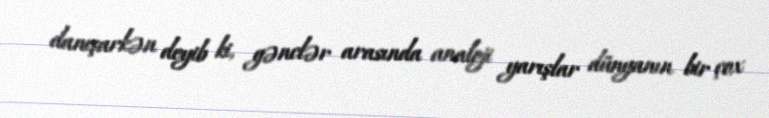
danışarkən deyib ki, gənclər arasında analoji yarışlar dünyanın bir çox